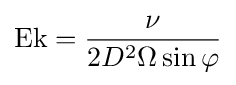
\mathrm {Ek} ={\frac {\nu }{2D^{2}\Omega \sin \varphi }}